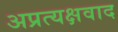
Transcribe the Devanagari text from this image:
अप्रत्यक्षवाद